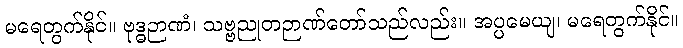
မရေတွက်နိုင်။ ဗုဒ္ဓဉာဏံ၊ သဗ္ဗညုတဉာဏ်တော်သည်လည်း။ အပ္ပမေယျ၊ မရေတွက်နိုင်။